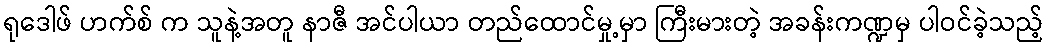
ရုဒေါဖ် ဟက်စ် က သူနဲ့အတူ နာဇီ အင်ပါယာ တည်ထောင်မှု့မှာ ကြီးမားတဲ့ အခန်းကဏ္ဍမှ ပါဝင်ခဲ့သည့်